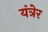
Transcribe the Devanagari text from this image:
यंत्रेर